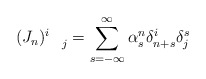
\begin{align*}(J_{n})_{\quad j}^{i}=\sum_{s=-\infty }^{\infty }\alpha _{s}^{n}\delta_{n+s}^{i}\delta _{j}^{s}\end{align*}